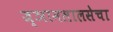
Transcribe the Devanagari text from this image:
ज्ञानलालसेचा